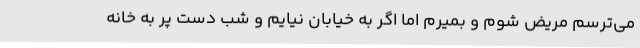
می‌ترسم مریض شوم و بمیرم اما اگر به خیابان نیایم و شب دست پر به خانه